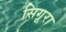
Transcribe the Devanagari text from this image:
सिगूरा